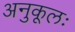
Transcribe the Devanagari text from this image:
अनुकूलः